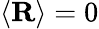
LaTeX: \langle\mathbf{R}\rangle=0